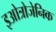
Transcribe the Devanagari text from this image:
इओत्रोजेनिक